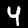
Label: 4